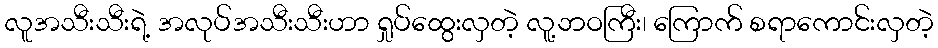
လူအသီးသီးရဲ့ အလုပ်အသီးသီးဟာ ရှုပ်ထွေးလှတဲ့ လူ့ဘဝကြီး၊ ကြောက် စရာကောင်းလှတဲ့